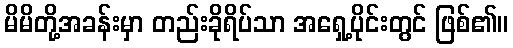
မိမိတို့အခန်းမှာ တည်းခိုရိပ်သာ အရှေ့ပိုင်းတွင် ဖြစ်၏။